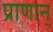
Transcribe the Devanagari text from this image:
प्राणान्